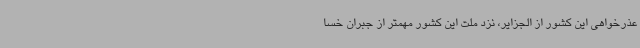
عذرخواهی این کشور از الجزایر، نزد ملت این کشور مهمتر از جبران خسا